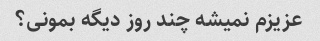
عزیزم نمیشه چند روز دیگه بمونی؟